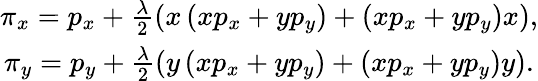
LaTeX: \begin{array}{c}{{\pi_{x}=p_{x}+\frac{\lambda}{2}\left(x\left(xp_{x}+yp_{y}\right)+\left(xp_{x}+yp_{y}\right)x\right),}}\\ {{\pi_{y}=p_{y}+\frac{\lambda}{2}\left(y\left(xp_{x}+yp_{y}\right)+\left(xp_{x}+yp_{y}\right)y\right).}}\end{array}